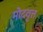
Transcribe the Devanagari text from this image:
मोदवृत्त